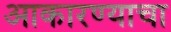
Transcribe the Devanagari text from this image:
आकारण्याचा